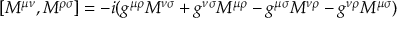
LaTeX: [ M ^ { \mu \nu } , M ^ { \rho \sigma } ] = - i ( g ^ { \mu \rho } M ^ { \nu \sigma } + g ^ { \nu \sigma } M ^ { \mu \rho } - g ^ { \mu \sigma } M ^ { \nu \rho } - g ^ { \nu \rho } M ^ { \mu \sigma } )